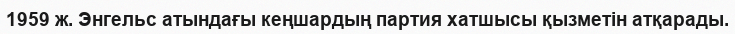
1959 ж. Энгельс атындағы кеңшардың партия хатшысы қызметін атқарады.